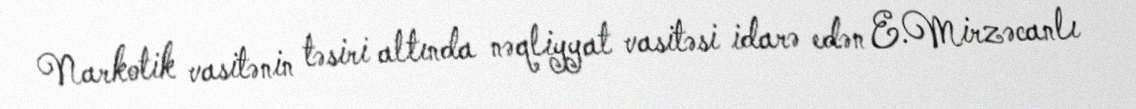
Narkotik vasitənin təsiri altında nəqliyyat vasitəsi idarə edən E.Mirzəcanlı